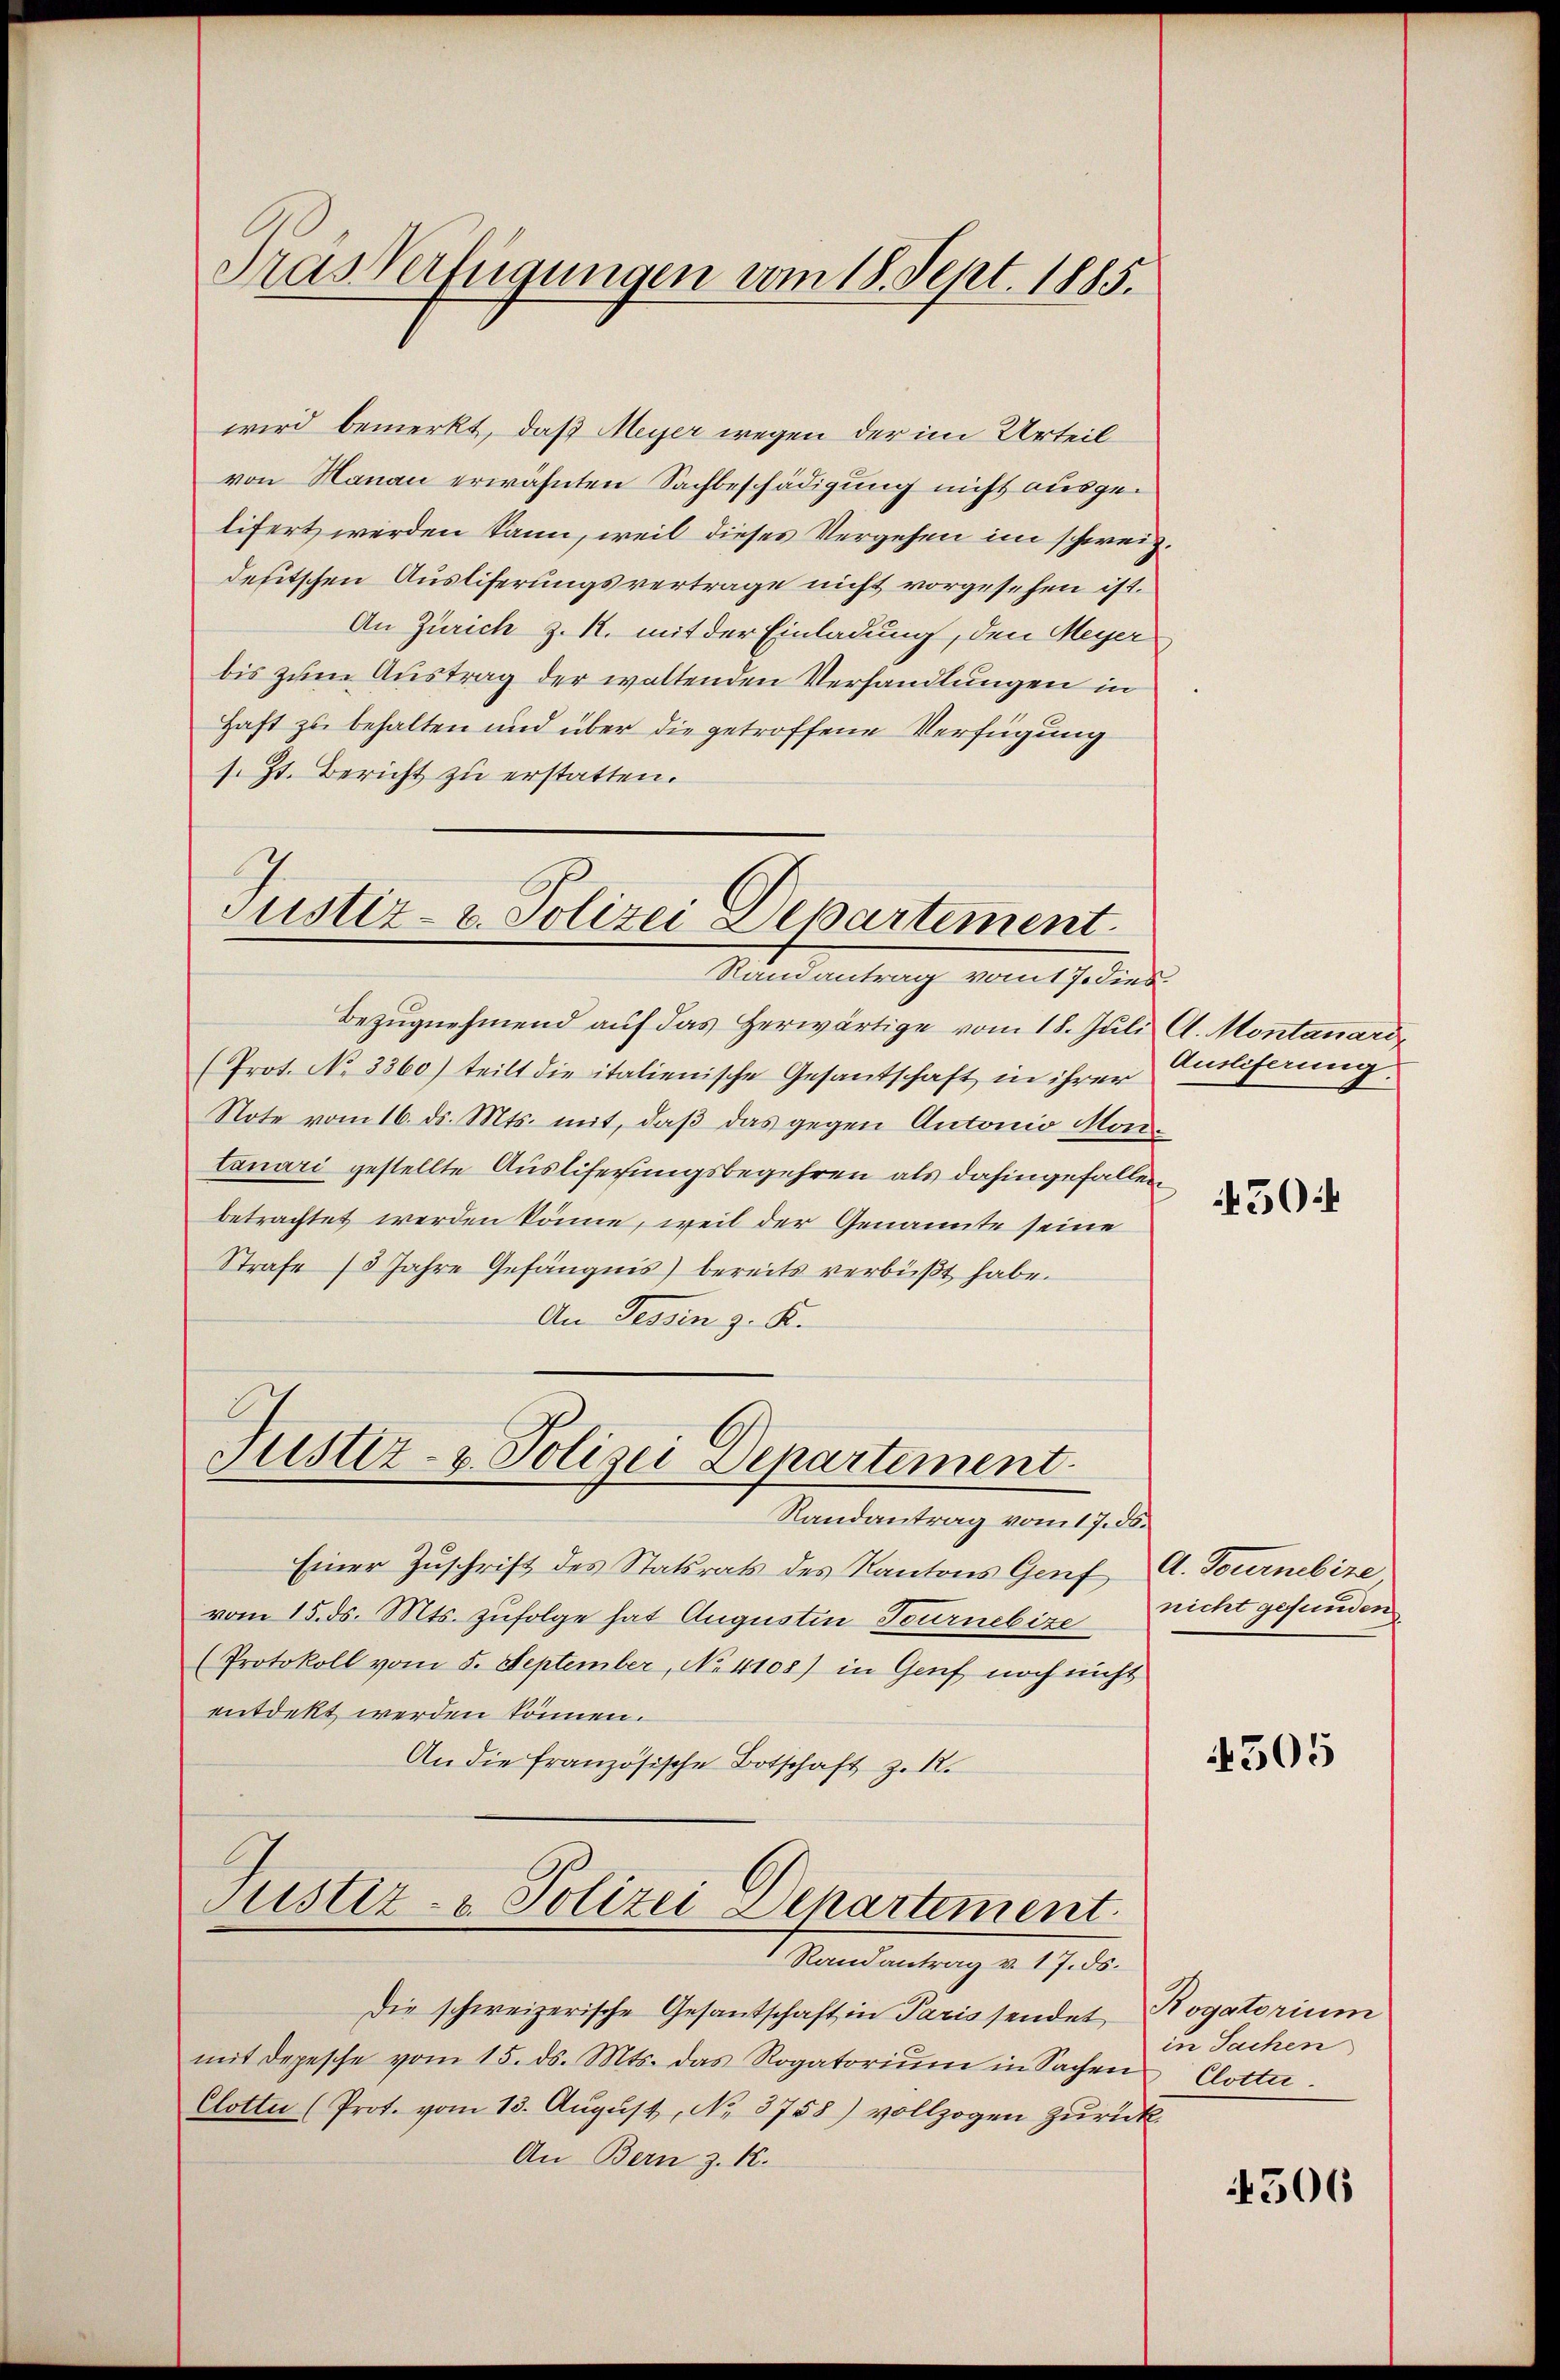
wird bemerkt, daß Meyer wegen der im Urteil
von Manau erwähnten Sachbeschädigung nicht ausgelifert werden kann, weil dieses Vergehen im schweiz.
defitschen Ausliferungsvertrage nicht vorgesehen ist.
An Zürich z. R. mit der Einladung, den Meyer
bis zum Austrag der waltenden Verhandlungen in
Haft zu behalten und über die getroffene Verfügung
s. Zt. Bericht zu erstatten.

Tras Verfügungen vom 18. Sept. 1885.

Justiz- u. Polizei Departement.
Randantrag vom 17. dies

Bezugnehmend auf das herwärtige vom 18. Juli A. Montanaro
(Prot. No 3360) teilt die italienische Gesantschaft in ihrer
Note vom 16. ds. Mts. mit, daß das gegen Antonio Montanari gestellte Ausliferungsbegehren als dahingefallen
betrachtet werden könne, weil der Genannte seine
Strafe 13 Jahre Gefängnis) bereits verbüßt habe.
An Tessin z. K.
Justiz- & Polizei Departement.
Randantrag vom 17. ds.
Einer Zuschrift des Statsrats des Kantons Genf
vom 15. ds. Mts. zufolge hat Augusten Tournebize
(Protokoll vom 5. September, No. 4108) in Genf noch nicht
entdekt werden können.
An die französische Botschaft z. R.

Justiz- & Polizei Departement
Randantrag v. 17. ds.

Auslieferung.

Die schweizerische Gesandtschaft in Paris sendet, Rogatorium
mit depesche vom 15. ds. Mts. das Rogatoriŭm in Sachen
Clotte (Prot. vom 13. Aŭgŭst No. 3758) vollzogen Zurück.
An Bern z. K.

450f

A. Tournebize,
nicht gefunden

305

in Sachen
Clotte.

506